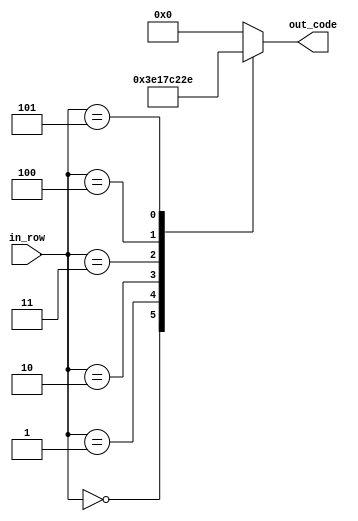
`timescale 1ns / 1ps
//////////////////////////////////////////////////////////////////////////////////
// Company: 
// Engineer: 
// 
// Design Name: 
// Module Name:    num_5 
// Project Name: 
// Target Devices: 
// Tool versions: 
// Description: 
//
// Dependencies: 
//
// Revision: 
// Revision 0.01 - File Created
// Additional Comments: 
//
//////////////////////////////////////////////////////////////////////////////////
module num_5(
    input [2:0] in_row,
    output reg [4:0] out_code
    );

parameter [4:0] d_0 = 5'b11111; // XXXXX
parameter [4:0] d_1 = 5'b00001; // X   
parameter [4:0] d_2 = 5'b01111; // XXXX 
parameter [4:0] d_3 = 5'b10000; //     X  
parameter [4:0] d_4 = 5'b10001; // X   X 
parameter [4:0] d_5 = 5'b01110; //  XXX


always @ *
begin
	case (in_row)
		3'b000:
			out_code = d_0;
		3'b001:
			out_code = d_1;
		3'b010:
			out_code = d_2;
		3'b011:
			out_code = d_3;
		3'b100:
			out_code = d_4;
		3'b101:
			out_code = d_5;
		default:
			out_code = 5'b0;
	endcase
end


endmodule